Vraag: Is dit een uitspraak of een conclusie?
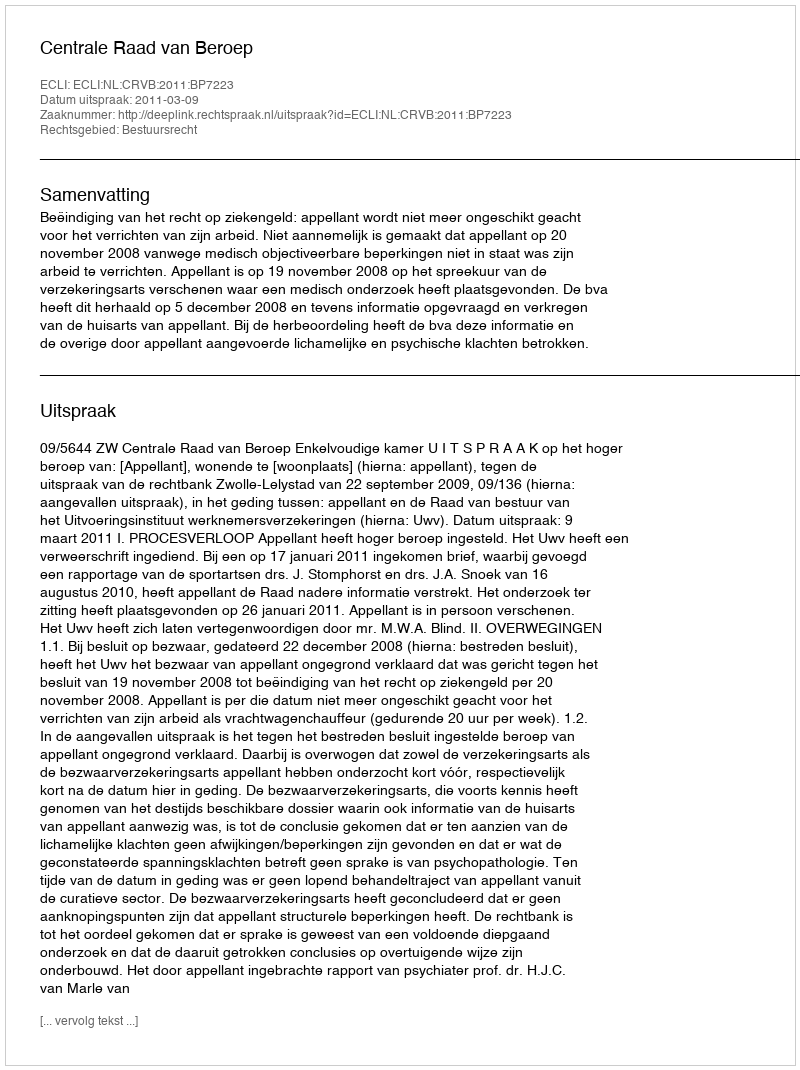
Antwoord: Uitspraak